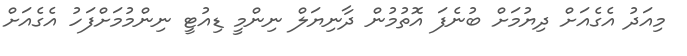
މިއަދު އެގެއަށް ދިޔުމަށް ބުނެފަ އޮތުމުން ދާނިޔަލް ނިންމީ ޑިއުޓީ ނިންމުމަށްފަހު އެގެއަށް